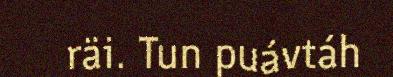
räi. Tun puávtáh